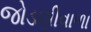
જોડણીવાળા